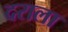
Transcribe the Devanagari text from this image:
दराला